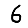
Digit: 6